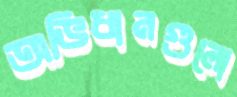
অভিধানগুলো